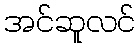
အင်ဆူလင်